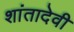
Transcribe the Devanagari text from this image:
शांतादेवी